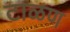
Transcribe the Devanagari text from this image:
टाळण